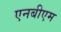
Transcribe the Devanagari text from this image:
एनबीएम